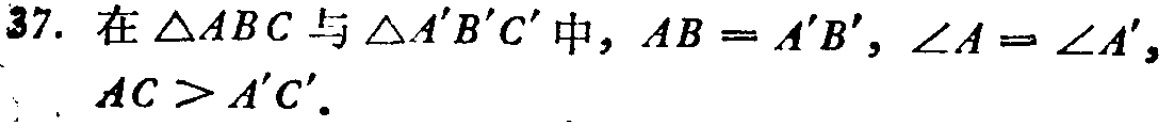
37. 在$\triangle ABC$与$\triangle A'B'C'$中，$AB = A'B'$，$\angle A = \angle A'$，$AC > A'C'$.